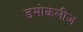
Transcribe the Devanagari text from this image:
डमोकलीज